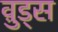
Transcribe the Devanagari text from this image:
व़ुड्स